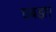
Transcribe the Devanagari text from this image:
घबड़ाए